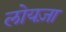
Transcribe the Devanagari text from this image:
लोयज़ा